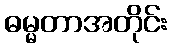
ဓမ္မတာအတိုင်း